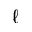
\ell